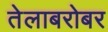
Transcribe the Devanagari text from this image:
तेलाबरोबर